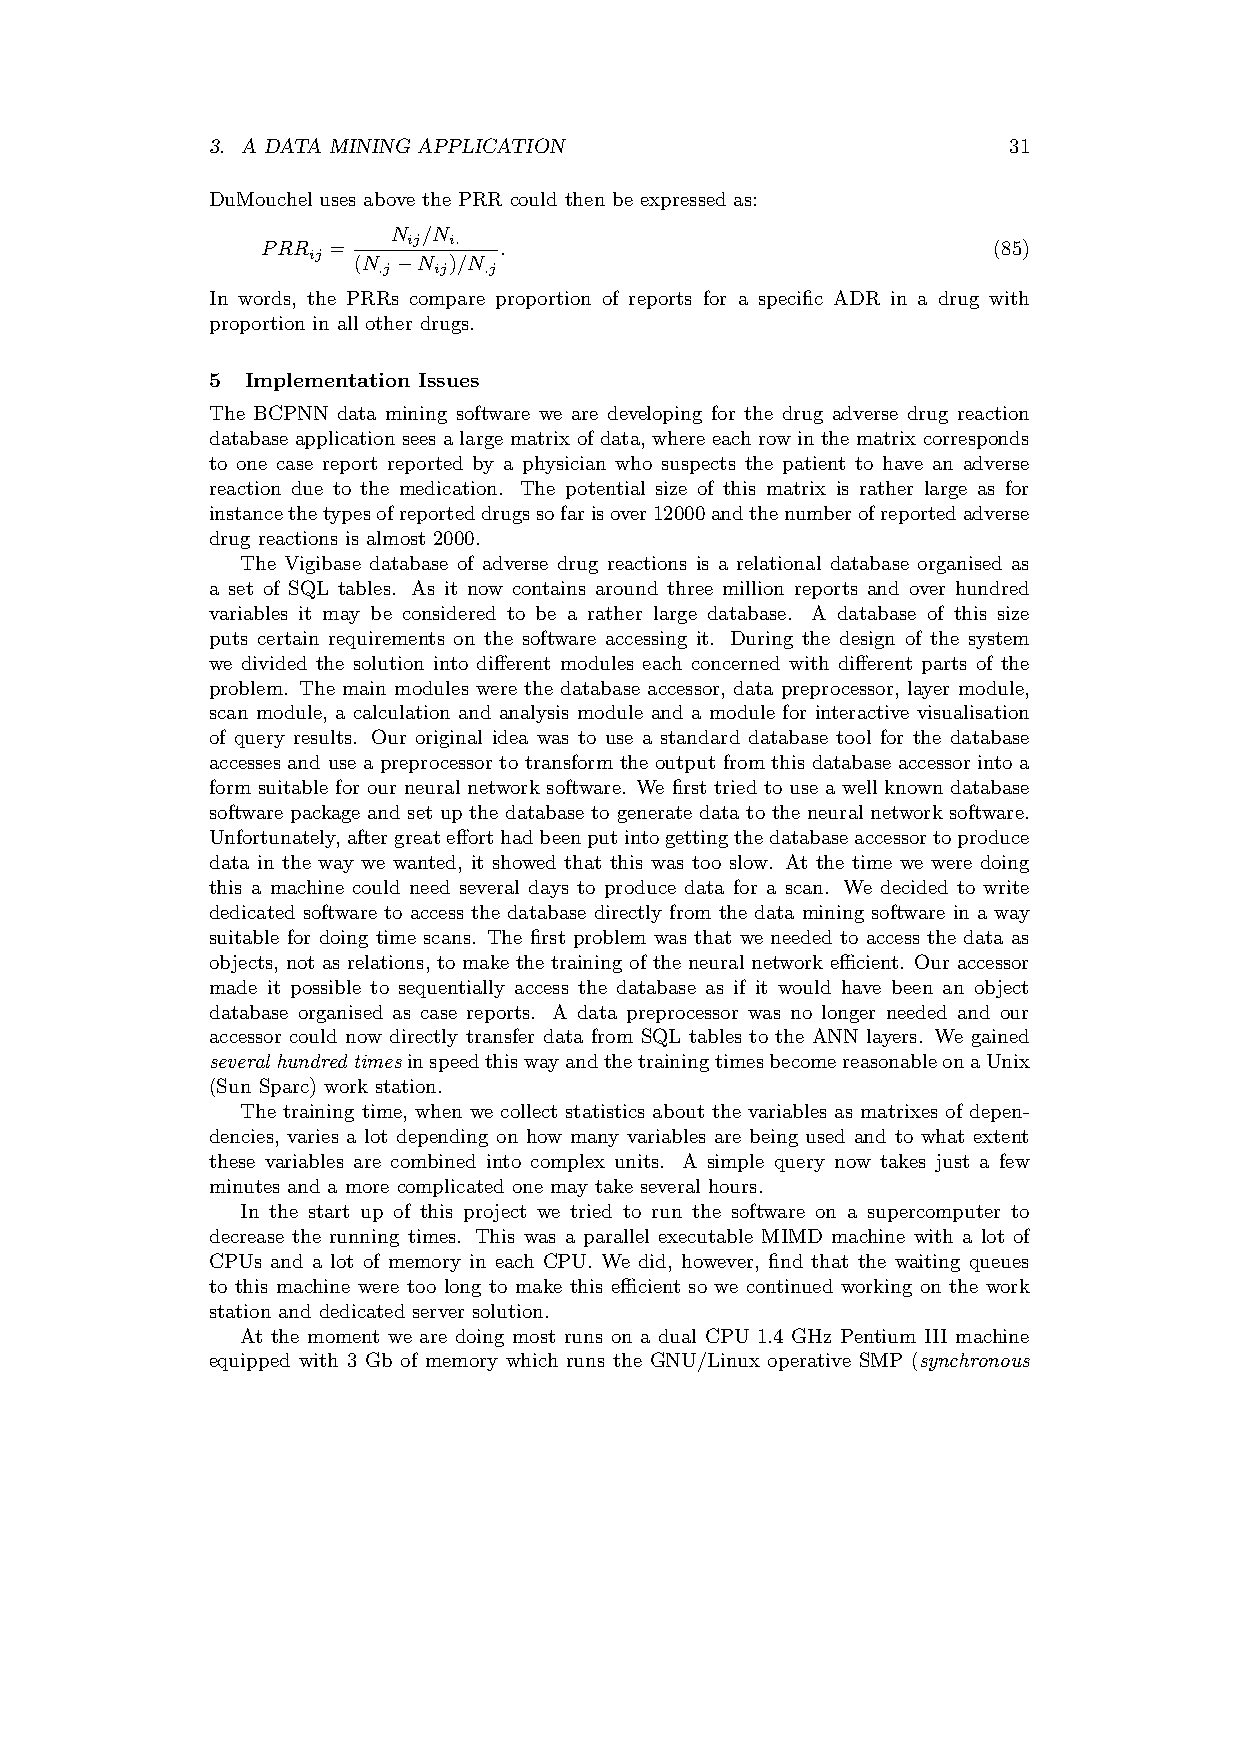
3. A DATA MINING APPLICATION                         31
 DuMouchel uses above the PRR could then be expressed as:
 N /N
 ij i.
 PRR  =          .                                (85)
 ij
 (N   N )/N
 .j  ij .j
 ¡
 In words, the PRRs compare proportion of reports for a specific ADR in a drug with
 proportion in all other drugs.
 5 Implementation Issues
 The BCPNN data mining software we are developing for the drug adverse drug reaction
 database application sees a large matrix of data, where each row in the matrix corresponds
 to one case report reported by a physician who suspects the patient to have an adverse
 reaction due to the medication. The potential size of this matrix is rather large as for
 instancethetypesofreporteddrugssofarisover12000andthenumberofreportedadverse
 drug reactions is almost 2000.
 The Vigibase database of adverse drug reactions is a relational database organised as
 a set of SQL tables. As it now contains around three million reports and over hundred
 variables it may be considered to be a rather large database. A database of this size
 puts certain requirements on the software accessing it. During the design of the system
 we divided the solution into different modules each concerned with different parts of the
 problem. The main modules were the database accessor, data preprocessor, layer module,
 scan module, a calculation and analysis module and a module for interactive visualisation
 of query results. Our original idea was to use a standard database tool for the database
 accesses and use a preprocessor to transform the output from this database accessor into a
 form suitable for our neural network software. We first tried to use a well known database
 software package and set up the database to generate data to the neural network software.
 Unfortunately,aftergreatefforthadbeenputintogettingthedatabaseaccessortoproduce
 data in the way we wanted, it showed that this was too slow. At the time we were doing
 this a machine could need several days to produce data for a scan. We decided to write
 dedicated software to access the database directly from the data mining software in a way
 suitable for doing time scans. The first problem was that we needed to access the data as
 objects, not as relations, to make the training of the neural network efficient. Our accessor
 made it possible to sequentially access the database as if it would have been an object
 database organised as case reports. A data preprocessor was no longer needed and our
 accessor could now directly transfer data from SQL tables to the ANN layers. We gained
 severalhundredtimesinspeedthiswayandthetrainingtimesbecomereasonableonaUnix
 (Sun Sparc) work station.
 The training time, when we collect statistics about the variables as matrixes of depen-
 dencies, varies a lot depending on how many variables are being used and to what extent
 these variables are combined into complex units. A simple query now takes just a few
 minutes and a more complicated one may take several hours.
 In the start up of this project we tried to run the software on a supercomputer to
 decrease the running times. This was a parallel executable MIMD machine with a lot of
 CPUs and a lot of memory in each CPU. We did, however, find that the waiting queues
 to this machine were too long to make this efficient so we continued working on the work
 station and dedicated server solution.
 At the moment we are doing most runs on a dual CPU 1.4 GHz Pentium III machine
 equipped with 3 Gb of memory which runs the GNU/Linux operative SMP (synchronous